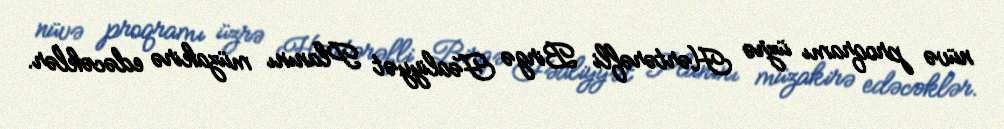
nüvə proqramı üzrə Hərtərəfli Birgə Fəaliyyət Planını müzakirə edəcəklər.